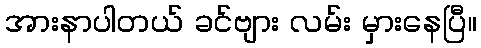
အားနာပါတယ် ခင်ဗျား လမ်း မှားနေပြီ။